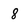
Character: 8